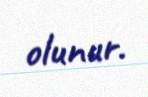
olunur.